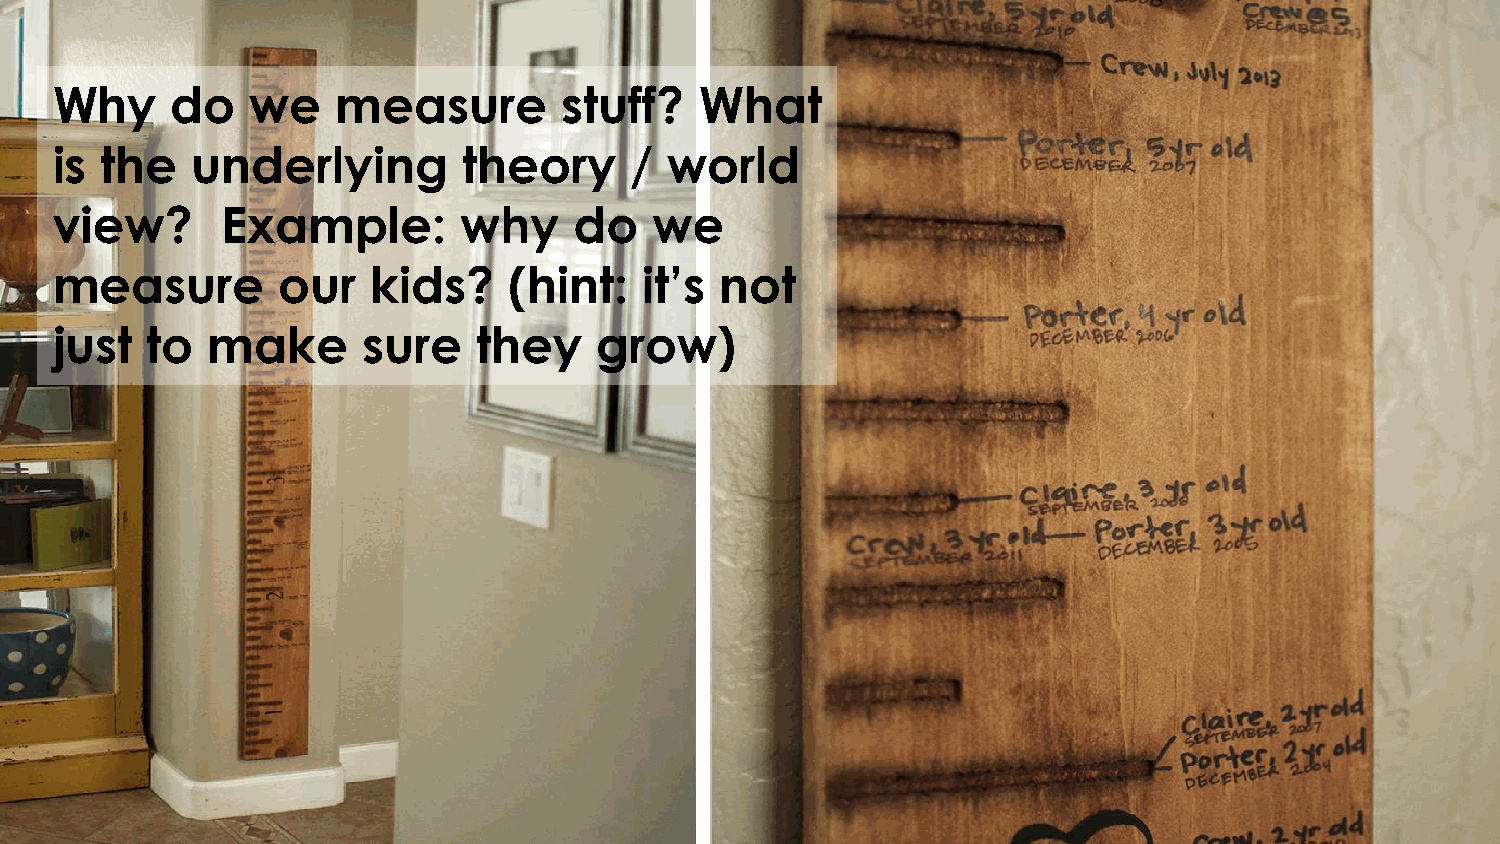
Why     do    we   measure        stuff?   What
 is  the   underlying        theory     / world
 view?       Example:       why     do   we
 measure        our    kids?    (hint:   it’s not
 just   to  make      sure    they   grow)